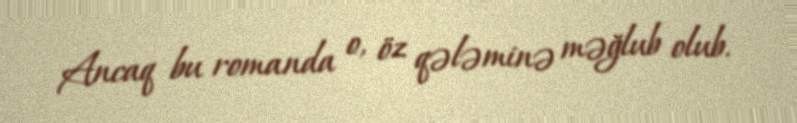
Ancaq bu romanda o, öz qələminə məğlub olub.